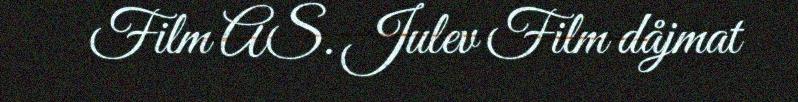
Film AS. Julev Film dåjmat